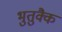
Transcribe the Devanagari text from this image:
भुतुक्कै